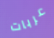
عربات